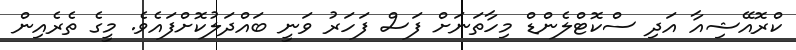
ކްރޮއޭޝިއާ އަދި ސްކޮޓްލެންޑް މިހާތަނަށް ފަސް ފަހަރު ވަނީ ބައްދަލުކޮށްފައެވެ. މީގެ ތެރެއިން